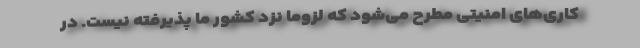
کاری‌های امنیتی مطرح می‌شود که لزوماً نزد کشور ما پذیرفته نیست. در